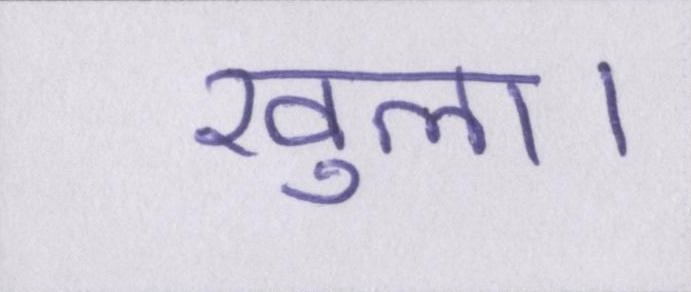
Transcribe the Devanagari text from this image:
खुला।